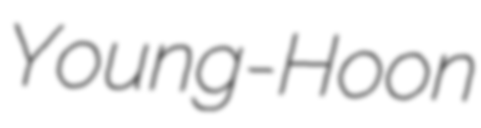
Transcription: Young-Hoon